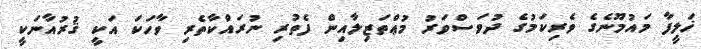
ޚަލީފާ މައުމޫނެގެ ވެރިކަމުގެ ދުވަސްވަރު މުޢްތަޒިލާއިން ފެތުރި ނުރައްކާތެރި ވާހަކަ އަކީ ޤުރުއާނަކީ